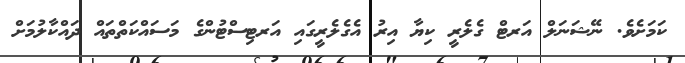
ކަމަށެވެ. ނޭޝަނަލް އަރޓް ގެލެރީ ކިޔާ އިރު އެގެލެރީގައި އަރޓިސްޓުންގެ މަސައްކަތްތައް ދައްކާލުމަށް